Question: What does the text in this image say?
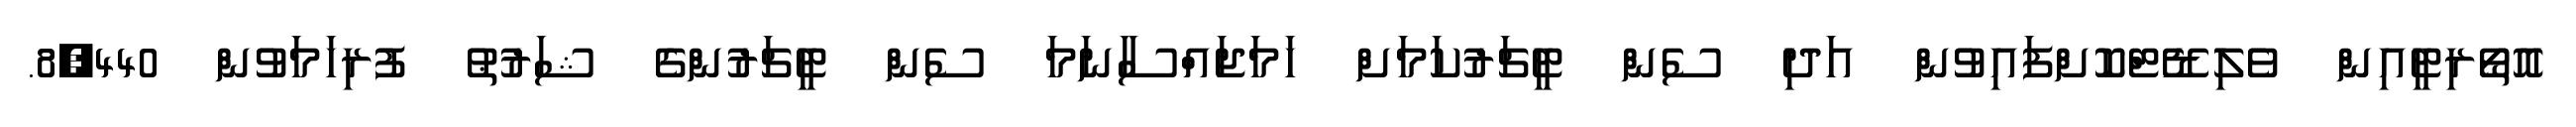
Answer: އޮތޯރިޓީއިން ވެލިޑޭޓްކޮށްފައިވުން އަދި ސެން ޓީޗަރުކަމަށް ހަމަޖައްސާނަމަ ސެން ޓީޗަރުންގެ ޝަރުޠު ފުރިހަމަވުން 8,440.